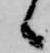
候